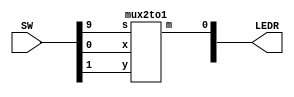
//SW[2:0] data inputs
//SW[9] select signal

//LEDR[0] output display

module mux(LEDR, SW);
    input [9:0] SW;
    output [9:0] LEDR;

    mux2to1 u0(
        .x(SW[0]),
        .y(SW[1]),
        .s(SW[9]),
        .m(LEDR[0])
        );
endmodule

module mux2to1(x, y, s, m);
    input x; //selected when s is 0
    input y; //selected when s is 1
    input s; //select signal
    output m; //output
  
    assign m = s & y | ~s & x;
    // OR
    // assign m = s ? y : x;

endmodule